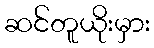
ဆင်တူယိုးမှား